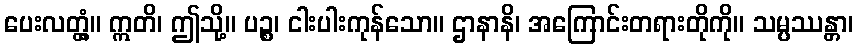
ပေးလတ္တံ့။ ဣတိ၊ ဤသို့။ ပဉ္စ၊ ငါးပါးကုန်သော။ ဌာနာနိ၊ အကြောင်းတရားတိုကို။ သမ္ပဿန္တာ၊